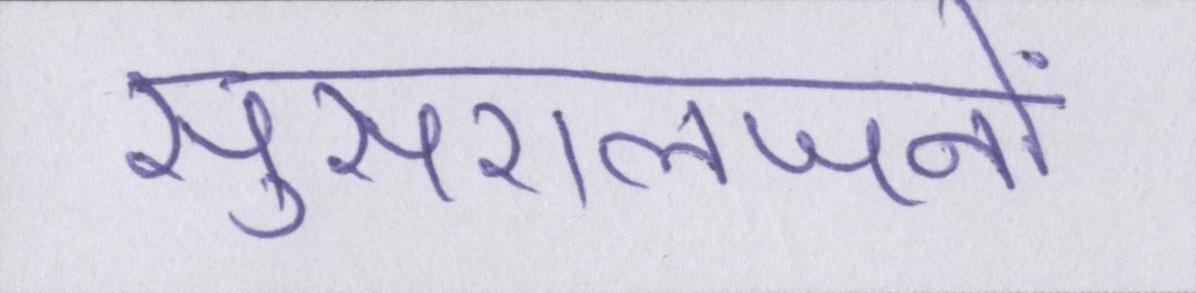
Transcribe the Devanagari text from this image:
सुसरालजनों